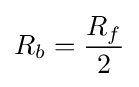
R_{b}={\frac {R_{f}}{2}}